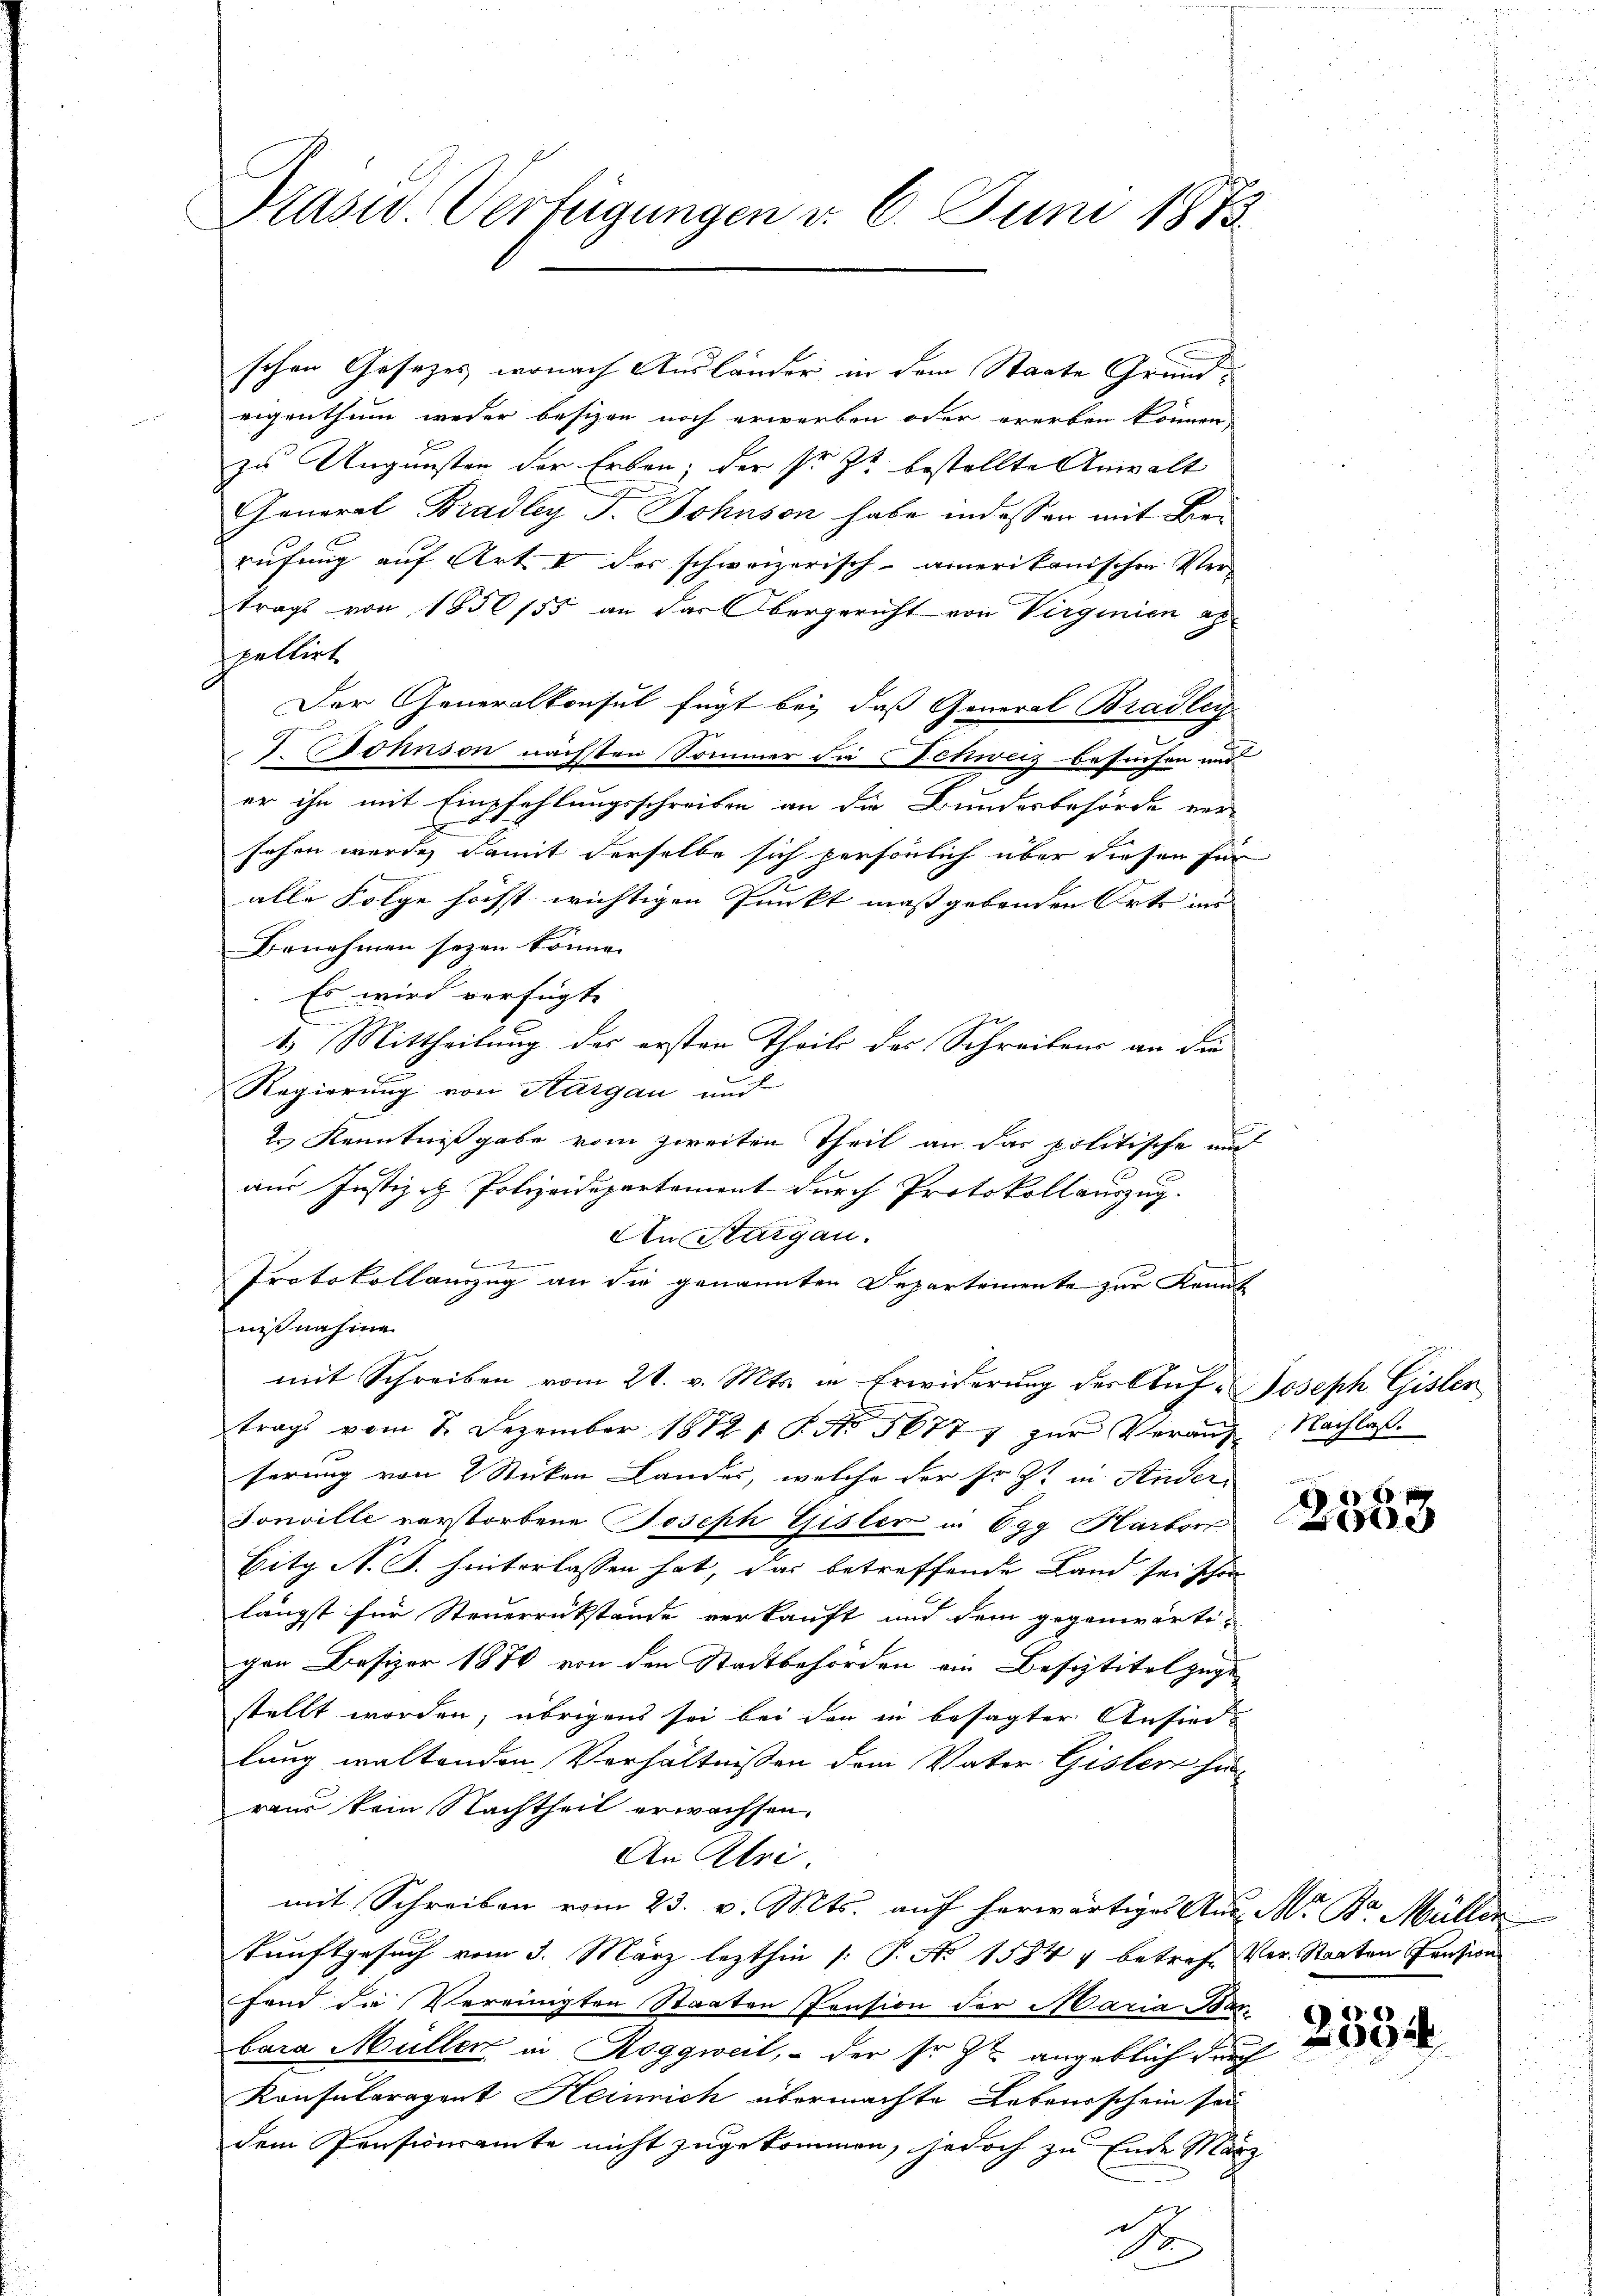
Prasw. Verfügungen d. 6. Juni 1873.

schen Gesetzes, wonach Ausländer in dem Staate Grundeigenthum weder besizen noch erwerben oder ererben können,
zu Augunsten der Erben; der sr. Zt. bestellte Anwalt
General Bradley F. Bohnson habe indessen mit Berufung auf Art. I des schweizerisch-amerikanischen Ver-
trags von 1850/55 an das Obergericht von Virginien alpultirt
Der Generalkonsul fügt bei, daß General Bradley
. Wohnson nächsten Sommer die Schweiz besuchen und
er ihn mit Empfehlungsschreiben an die Bundesbehörde ver-
sehen wurde, damit derselbe sich persönlich über diesen für
alle Folge höchst wichtigen Punkt maßgebenden Orts in
Benehmen seyen könne.
Es wird verfügte
1.) Mittheilung des ersten Theils des Schreibens an die
Regierung von Kargau und
2.) Kenntnißgabe vom zweiten Theil an das politische auch
aus Justiz & Polizeidepartement durch Protokollauszug.
An Sturgau.

Protokollamzug an die genannten Departemente zur Kennt
nißnahme
mit Schreiben vom 21. v. Mts. in Erwiderung der Auf- Joseph Gislen
trags vom 2. Dezember 1812 S. No 16777 zur Verans-
serung von 2 Sticken Landes, welche der sr. Zt. in Ander
Tonville verstorbene Joseph Gisler in Egg Karbor
Bitg N. S. hinterlassen hat, das betreffende Land sei schön
längst für Steuerrückstände verkauft und dem gegenwärtigen Besizer 1870 von den Stadtbehörden ein Bestitel zuge
stellt worden; übrigens sei bei den in besagter Ansied-
lung waltenden Verhältnissen dem Vater Gisler hier
raus kein Nachtheil erwachsen.
An Ktri.
mit Schreiben vom 23. v. Mts. auf herwärtiges And. M. Br. Müller
kunftgesuch vom 3. März lezthin |: P. No 1584 4 betreff Ver-Staaten Pension
fond die Vereinigten Staaten Pension der Maria Barbara Müller in Roggweit, - der sr. Zt. angeblich durch
Konsularagant Heinrich übermachte Lebensschein sei
dem Präsicuramte nicht zugekommen, jedoch zu Ende März
e

1

E
e

Nachlaß.

2558

2534